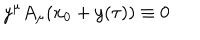
y ^ { \mu } A _ { \mu } ( x _ { 0 } + y ( \tau ) ) \equiv 0